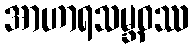
အာဟာရသမ္ဘဝဿ